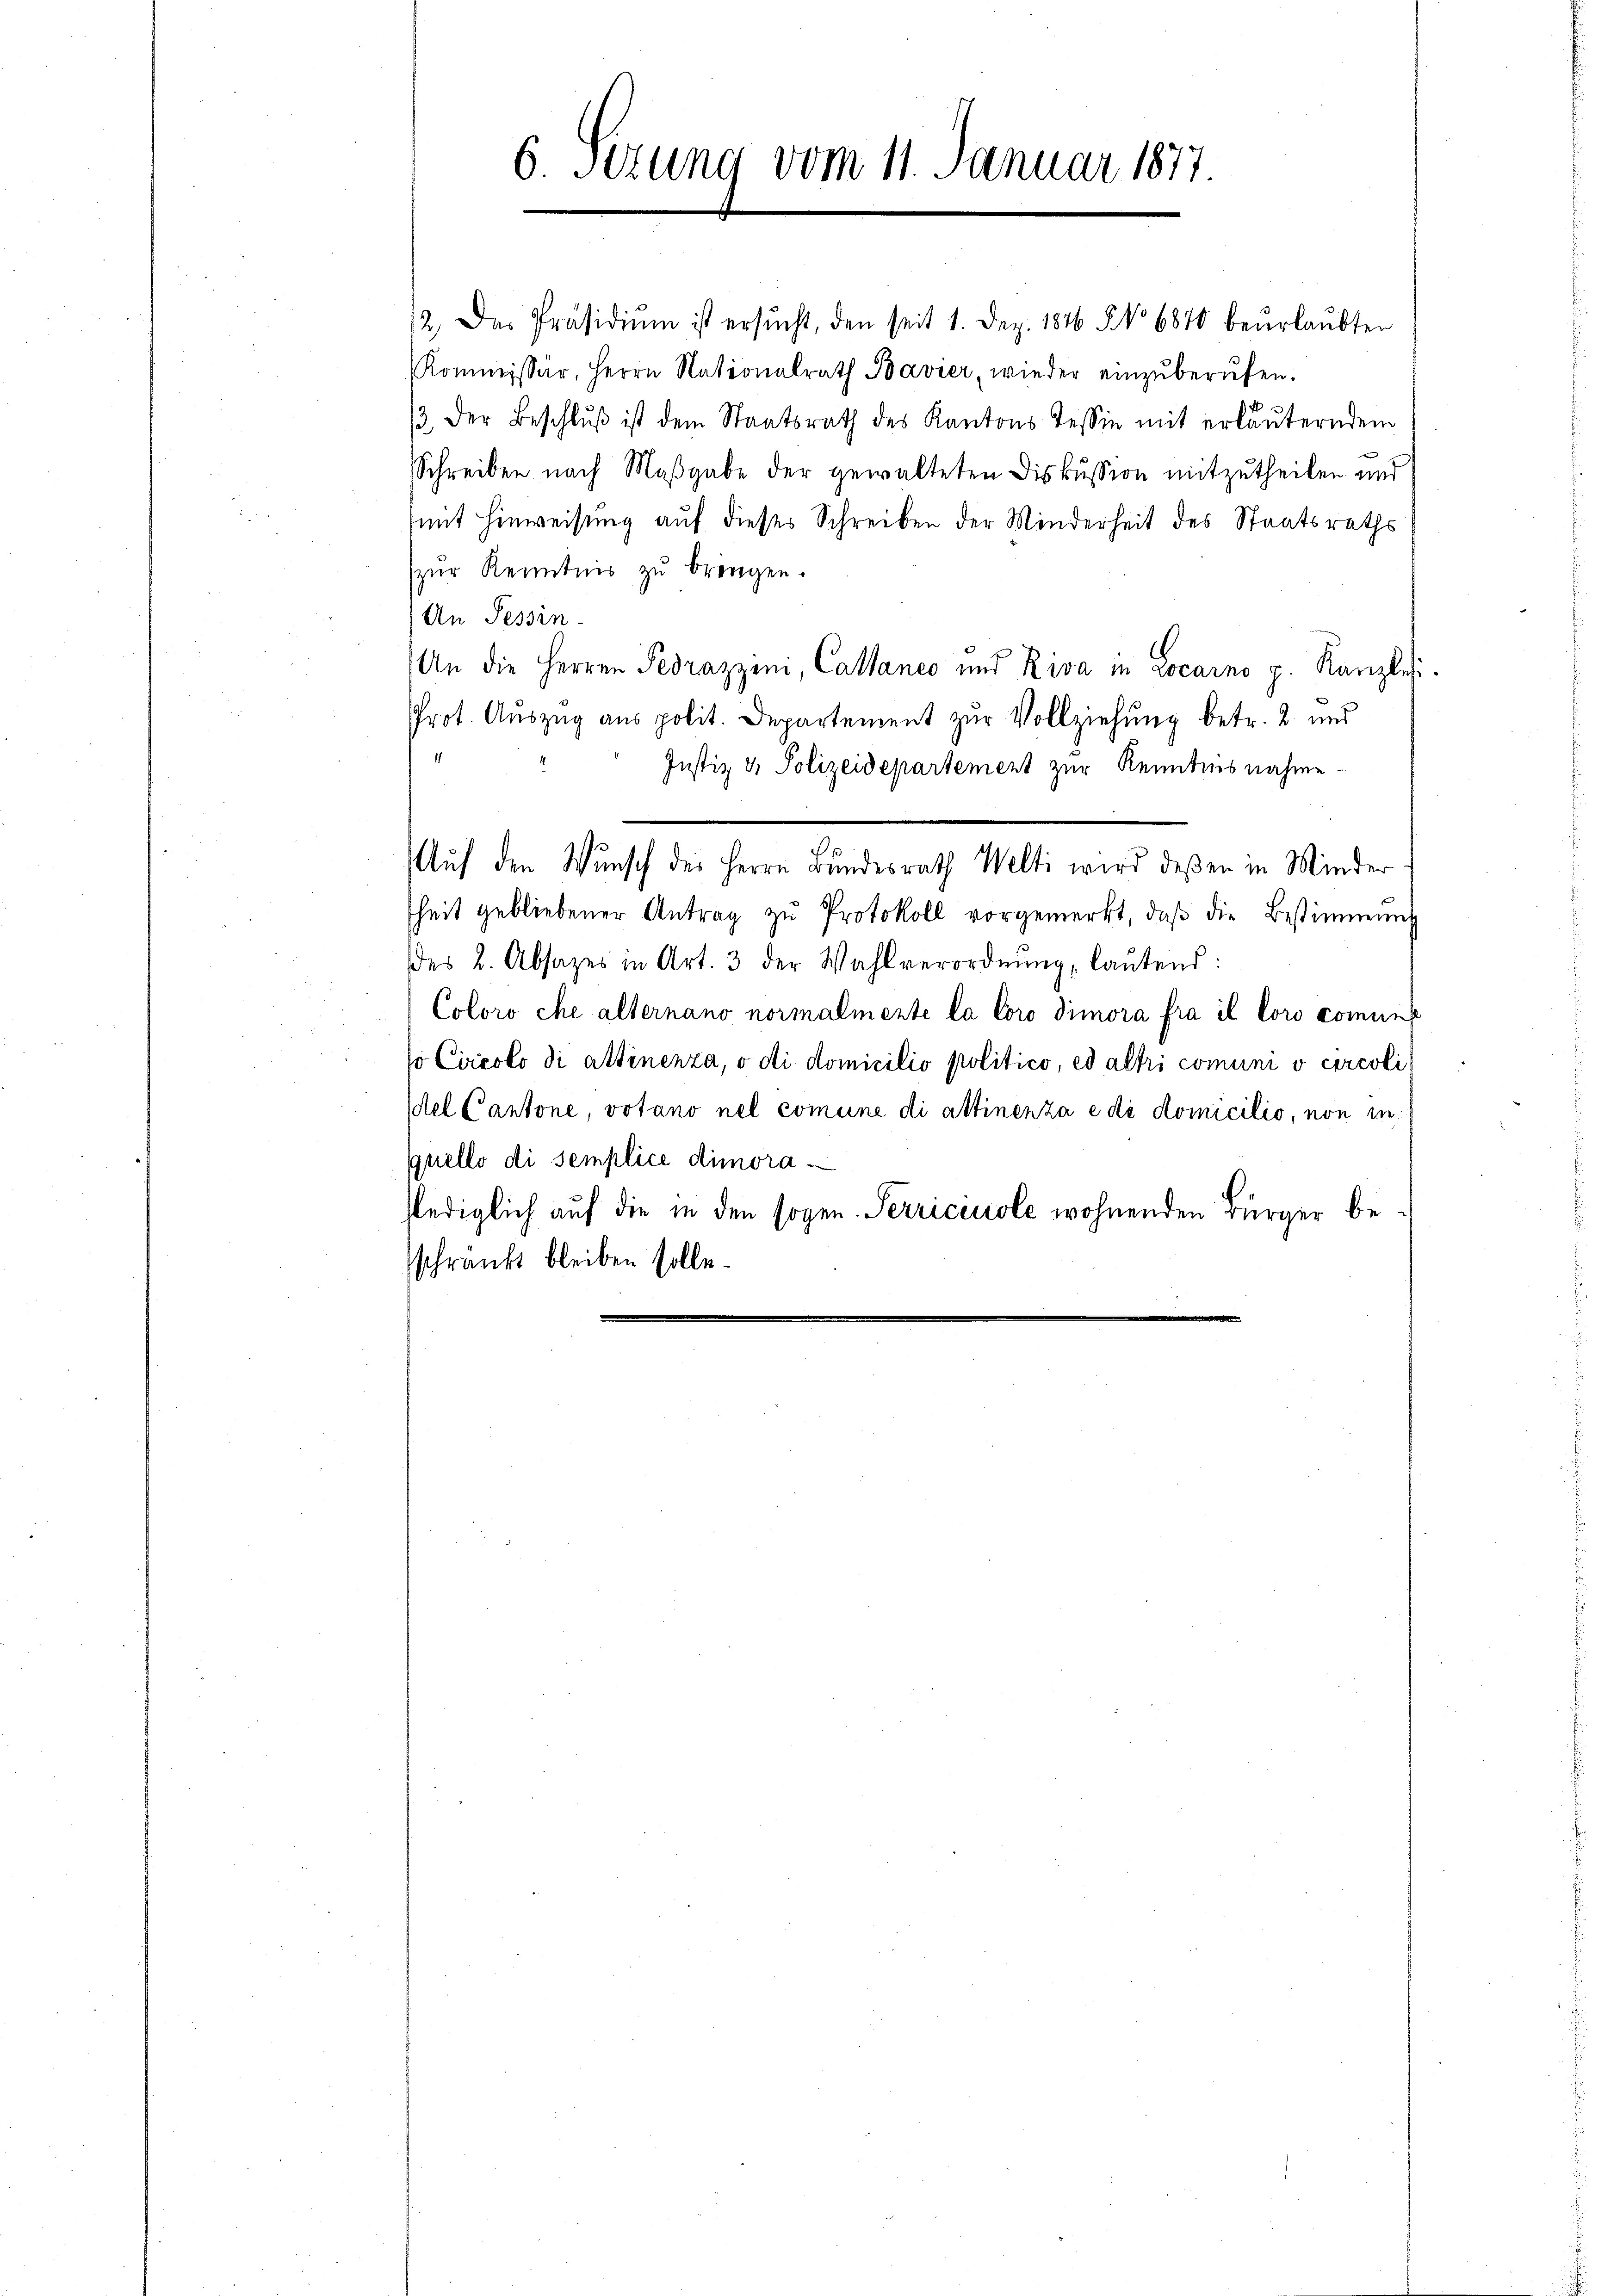
6. Sezung vom 11. Januar 1877.

12. Das Präsidiŭm ist ersŭcht, den seit 1. Dez. 1846 § 6870 beurlaŭbten
Kommissär, Herrn Nationalrath Bavier, wieder einzŭberŭfen.
3. Der Beschlŭβ ist dem Staatsrath des Kantons Tessin mit erläuterndem
Schreiben nach Maßgabe der gewalteten Diskussion mitzutheilen und
(mit Hinweisung auf dieses Schreiben der Minderheit des Staatsraths
zŭr Kenntnis zŭ bringen.
An Tessin.
An die Herren Pedrazzini, Callanco und Riva in Locarno p. Kanzle
Prot. Aŭszŭg ans polit. Departement zŭr Vollziehung betr. 2 und
Justiz & Polizeidepartement zur Kenntnisnahme.
Auf den Wunsch des Herrn Bundesrath Welti wird deßen in Minder
heit gebliebener Antrag zŭ Protokoll vorgemerkt, daβ die Bestimmung
des 2. Absazer in Art. 3 der Wahlverordnŭng, laŭtend:
Coloro che alternano normalmente la loro dimora fra il loro comune
so Circolo di attinenza, o di domicilio politico, ed altri comuni o circoli
del Cantone, votano nel comune di attinenza e di domicilio, non in
quello di semplice dimora
lediglich auf die in den sogen.-Serriceuole wohnenden Bürger beschränkt bleiben solle.